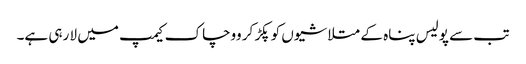
تب سے پولیس پناہ کے متلاشیوں کو پکڑ کر ووچاک کیمپ میں لا رہی ہے۔